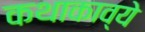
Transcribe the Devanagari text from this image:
कथाकाव्ये